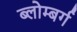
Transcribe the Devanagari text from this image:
ब्लोम्बर्ग